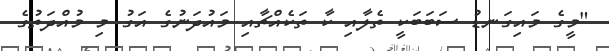
"މީގެ މައިގަނޑު ސަބަބަކީ ތެލާއި ކާ ތަކެއްޗާއި މައުދަނުގެ އަގު މި މުއްދަތުގެ